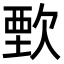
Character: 歅